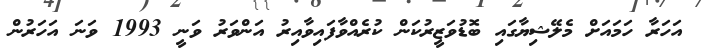
އަހަރާ ހަމައަށް މެލޭޝިޔާގައި ބޮޑުވަޒީރުކަން ކުރެއްވާފައިވާއިރު އަންވަރު ވަނީ 1993 ވަނަ އަހަރުން